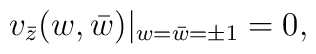
v_{\bar{z}}(w, \bar{w})|_{w = \bar{w} = \pm1} = 0,